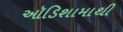
ઑડિશામાથી